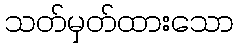
သတ်မှတ်ထားသော